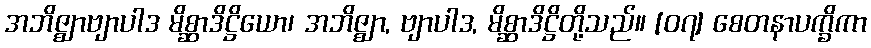
အဘိဇ္ဈာဗျာပါဒ မိစ္ဆာဒိဋ္ဌိယော၊ အဘိဇ္ဈာ, ဗျာပါဒ, မိစ္ဆာဒိဋ္ဌိတို့သည်။ [၀၇] စေတနာပက္ခိကာ